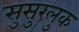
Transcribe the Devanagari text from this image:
सुसुरलुक